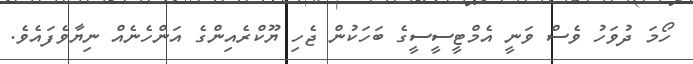
ހޯމަ ދުވަހު ވެސް ވަނީ އެމްޓީސީސީގެ ބަހަކުން ޖެހި ޔޫކްރެއިންގެ އަންހެނެއް ނިޔާވެފައެވެ.